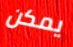
يمكن